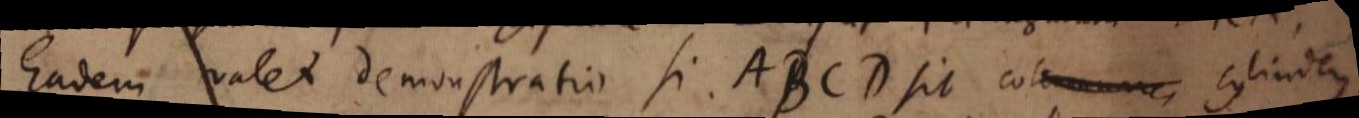
Eadem valet demonstratio si ABCD sit columnare cylinder